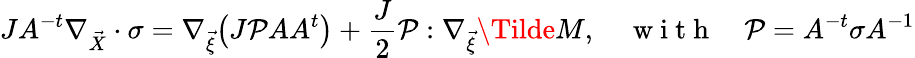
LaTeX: JA^{-t}\nabla_{\vec{X}}\cdot\sigma=\nabla_{\vec{\xi}}\big(J\mathcal{P}AA^{t}\big)+\frac{J}{2}\mathcal{P}:\nabla_{\vec{\xi}}\Tilde{M},\quad\mathrm{~w~i~t~h~}\quad\mathcal{P}=A^{-t}\sigma A^{-1}